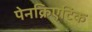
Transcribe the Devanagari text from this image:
पेनक्रिएटिक